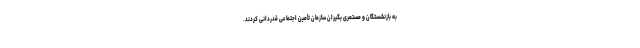
به بازنشستگان و مستمری بگیران سازمان تأمین اجتماعی قدردانی کردند.